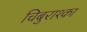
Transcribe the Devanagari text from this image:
चिबुराश्का